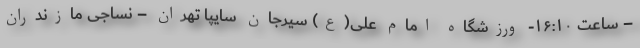
– ساعت ۱۶:۱۰- ورزشگاه امام علی(ع) سیرجان سایپا تهران – نساجی مازندران